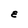
Character: E